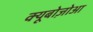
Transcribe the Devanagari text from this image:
क्यूबोज़ोआ